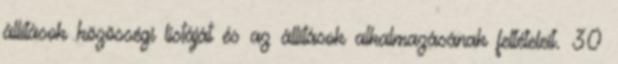
állítások közösségi listáját és az állítások alkalmazásának feltételeit. 30